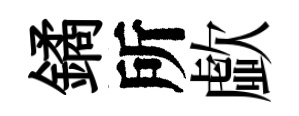
鐍所歔